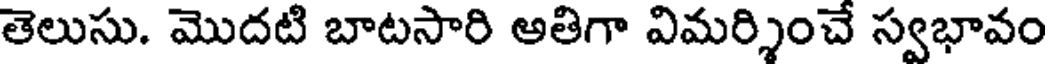
తెలుసు. మొదటి బాటసారి అతిగా విమర్శించే స్వభావం